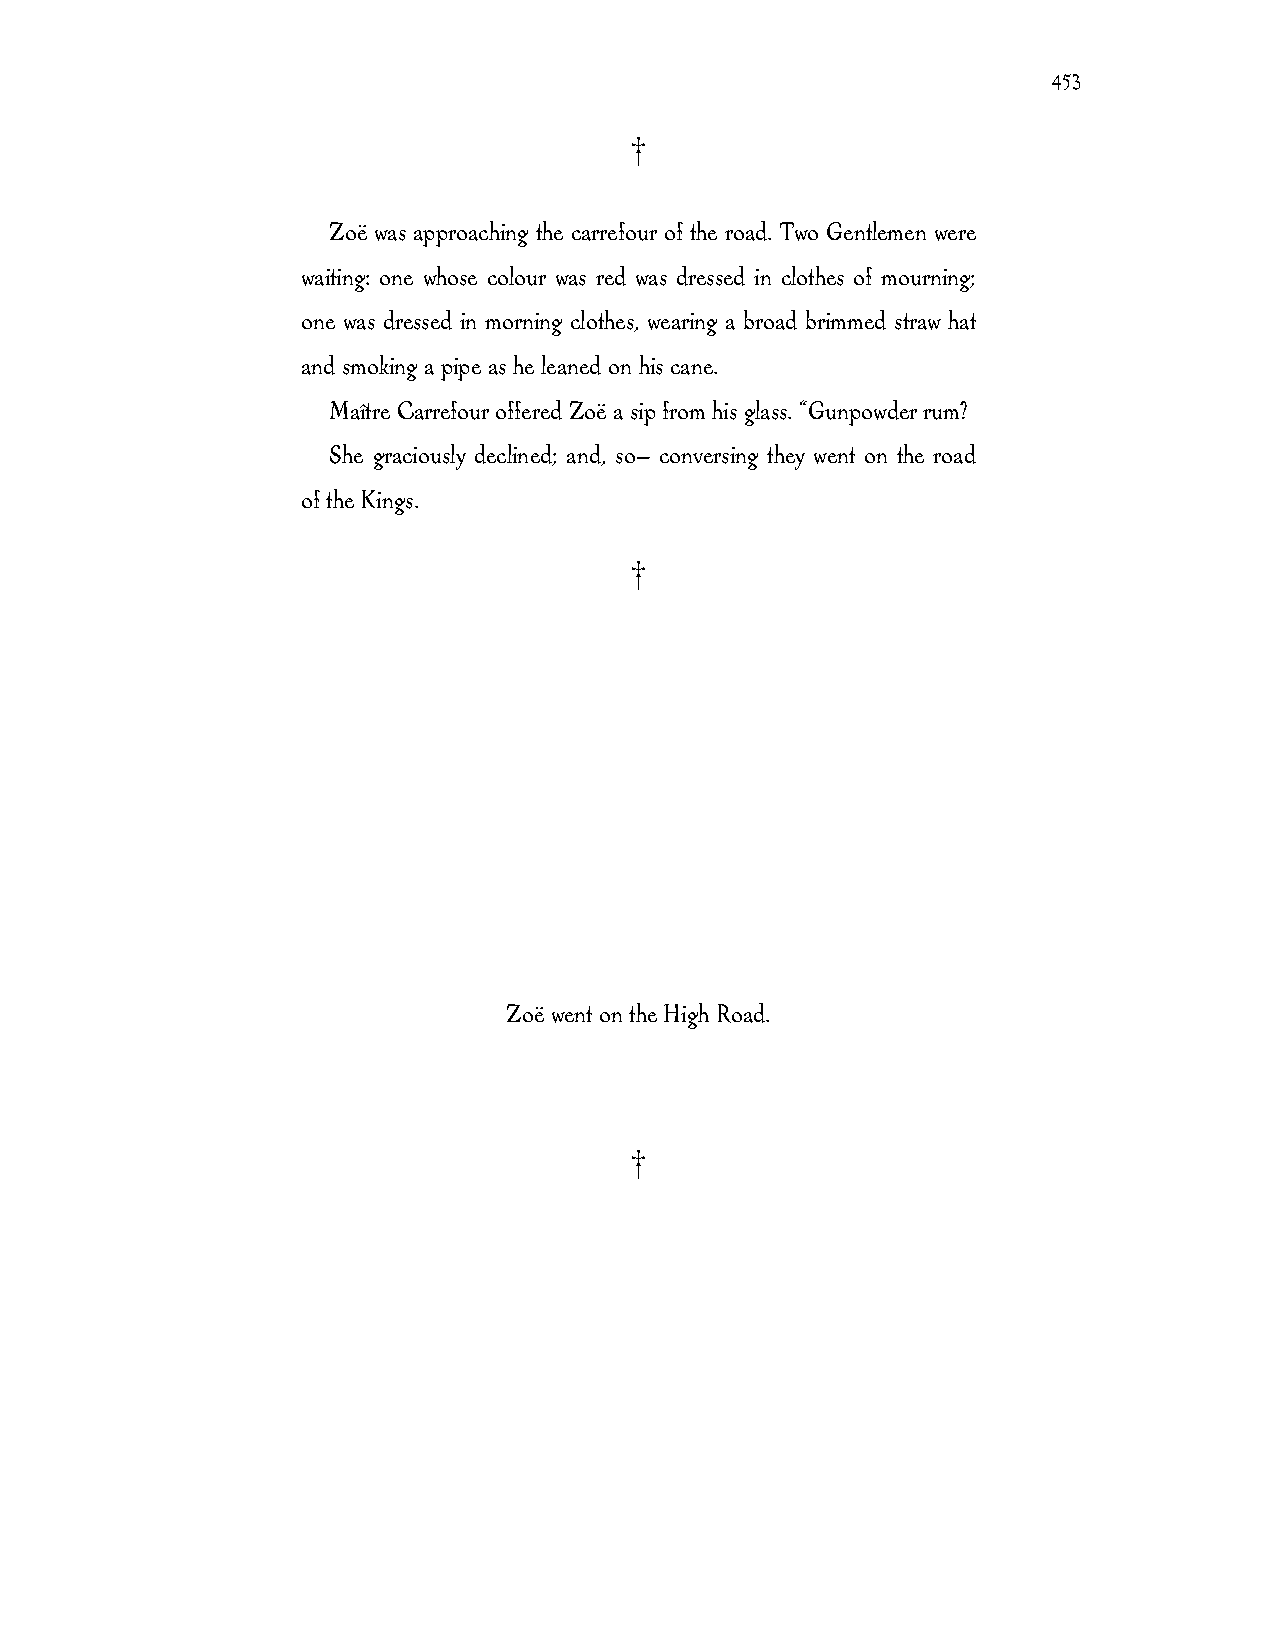
453
 †
 Zoë was approaching the carrefour of the road. Two Gentlemen were
 waiting: one whose colour was red was dressed in clothes of mourning;
 one was dressed in morning clothes, wearing a broad brimmed straw hat
 and smoking a pipe as he leaned on his cane.
 Maître Carrefour offered Zoë a sip from his glass. “Gunpowder rum?
 She graciously declined; and, so— conversing they went on the road
 of the Kings.
 †
 Zoë went on the High Road.
 †